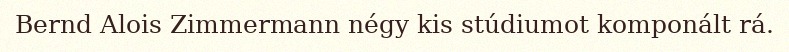
Bernd Alois Zimmermann négy kis stúdiumot komponált rá.